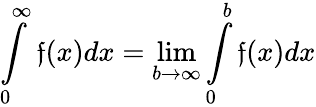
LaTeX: \int\limits_{0}^{\infty}\mathfrak{f}(x)dx=\lim\limits_{b\rightarrow\infty}\int\limits_{0}^{b}\mathfrak{f}(x)dx